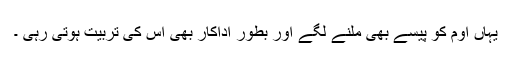
یہاں اوم کو پیسے بھی ملنے لگے اور بطور اداکار بھی اس کی تربیت ہوتی رہی ۔